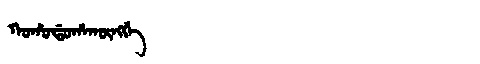
Manchu: ᡴᠣᡥᠣᡩᠣᡥᠠᡴᡡᠩᡤᡝ
Romanization: KOHODOHAKŪNGGE